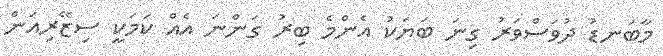
މާބަނޑު ދުވަސްވަރު ގިނަ ބަޔަކު އެންމެ ބިރު ގަންނަ އެއް ކަމަކީ ސިޒޭރިއަން